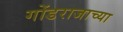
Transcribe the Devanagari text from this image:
गोंडराजाच्या